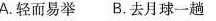
A.轻而易举 B.去月球一趟